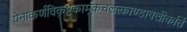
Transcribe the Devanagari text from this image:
येनाकर्णविकृष्टकार्मूकचलत्काण्डावलीकर्ति